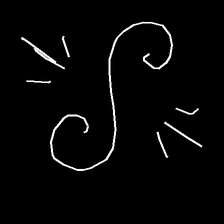
Glyph: wind-directs-air